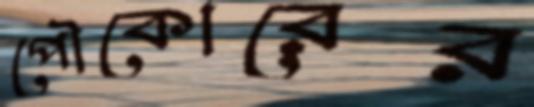
পৌকোরের